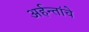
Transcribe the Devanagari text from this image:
अर्हन्तांचे